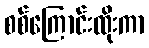
စစ်ကြောင်းထိုးကာ